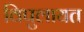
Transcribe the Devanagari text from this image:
विपुलायत